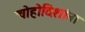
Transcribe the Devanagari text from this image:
चोहोदिशांना